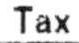
TAX